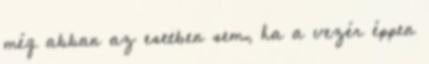
még abban az esetben sem, ha a vezér éppen